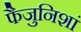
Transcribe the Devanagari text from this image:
फैजुनिशां